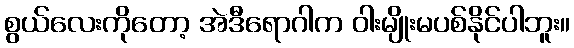
စွယ်လေးကိုတော့ အဲဒီရောဂါက ဝါးမျိုးမပစ်နိုင်ပါဘူး။